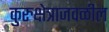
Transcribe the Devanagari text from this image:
कुरुक्षेत्राजवळील